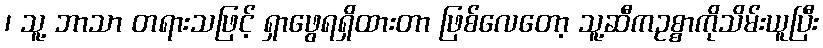
၊ သူ့ ဘာသာ တရားသဖြင့် ရှာဖွေရရှိထားတာ ဖြစ်လေတော့ သူ့ဆီကဥစ္စာကိုသိမ်းယူပြီး